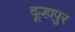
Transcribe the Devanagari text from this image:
दूल्हापुर